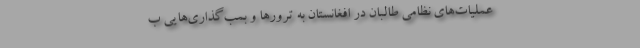
عملیات‌های نظامی طالبان در افغانستان به ترورها و بمب‌گذاری‌هایی ب